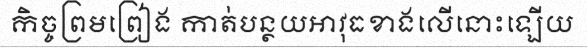
កិច្ចព្រមព្រៀង កាត់បន្ថយអាវុធខាងលើនោះឡើយ